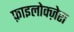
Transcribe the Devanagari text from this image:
फ़ाइलोक्ज़ेरा